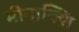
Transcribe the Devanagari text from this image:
मीनाक्शि